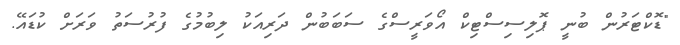
"ޑޮކްޓަރުން ބުނީ ޕޮލިސިސްޓިކް އޯވަރީސްގެ ސަބަބުން ދަރިއަކު ލިބުމުގެ ފުރުސަތު ވަރަށް ކުޑައޭ.